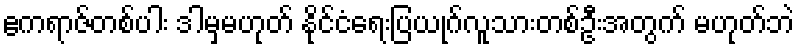
ဧကရာဇ်တစ်ပါး ဒါမှမဟုတ် နိုင်ငံရေးပြယုဂ်လူသားတစ်ဦးအတွက် မဟုတ်ဘဲ